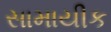
સામાયીક